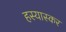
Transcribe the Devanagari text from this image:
हस्यास्कर